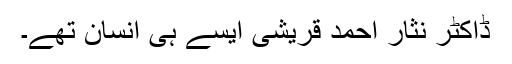
ڈاکٹر نثار احمد قریشی ایسے ہی انسان تھے۔